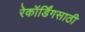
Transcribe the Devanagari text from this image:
रेकॉर्डिंगसाठी